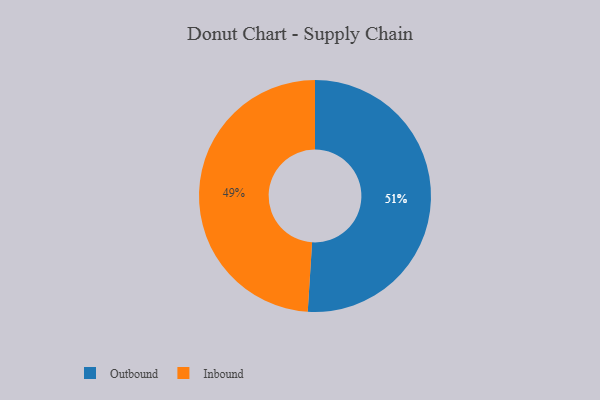
{"axis": {"x": "Category", "y": "Percentage"}, "legend": ["Inbound", "Outbound"], "data": [{"x": "Outbound", "y": 51, "type": "Outbound"}, {"x": "Inbound", "y": 49, "type": "Inbound"}]}